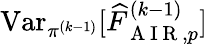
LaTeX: \operatorname{Var}_{\pi^{(k-1)}}[\widehat{F}_{\mathrm{~A~I~R~},p}^{(k-1)}]